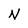
Character: N